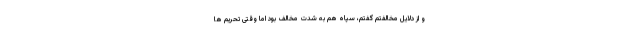
و از دلایل مخالفتم گفتم، سپاه هم به شدت مخالف بود اما وقتی تحریم ها